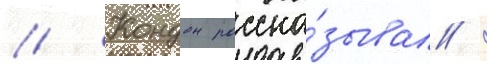
// Кондон расска́зывал /